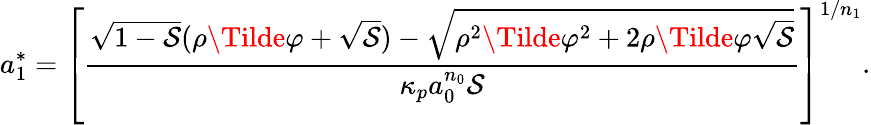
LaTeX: a_{1}^{*}=\left[\frac{\sqrt{1-\mathcal{S}}(\rho\Tilde{\varphi}+\sqrt{\mathcal{S}})-\sqrt{\rho^{2}\Tilde{\varphi}^{2}+2\rho\Tilde{\varphi}\sqrt{\mathcal{S}}}}{\kappa_{p}a_{0}^{n_{0}}\mathcal{S}}\right]^{1/n_{1}}.